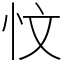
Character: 忟